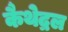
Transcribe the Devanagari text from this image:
कैथेद्रल